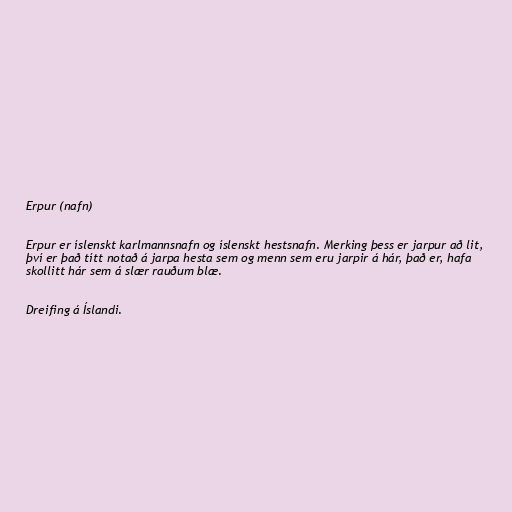
Erpur (nafn)

Erpur er íslenskt karlmannsnafn og íslenskt hestsnafn. Merking þess er jarpur að lit,
því er það títt notað á jarpa hesta sem og menn sem eru jarpir á hár, það er, hafa
skollitt hár sem á slær rauðum blæ.

Dreifing á Íslandi.